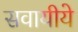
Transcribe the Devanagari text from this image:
सवायीये